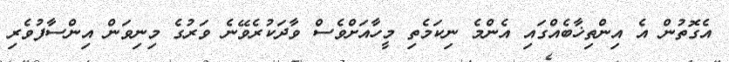
އެގޮތުން އެ އިންތިޚާބެއްގައި އެންމެ ނިކަމެތި މީހާއަށްވެސް ވާދަކުރެވޭނެ ވަރުގެ މިނިވަން އިންސާފުވެރި